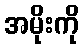
အမိုးကို